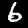
Digit: 6